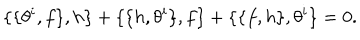
LaTeX: \{ \{ \theta ^ { i } , f \} , h \} + \{ \{ h , \theta ^ { i } \} , f \} + \{ \{ f , h \} , \theta ^ { i } \} = 0 .